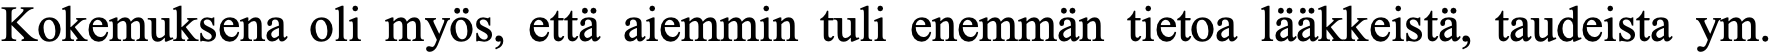
Kokemuksena oli myös, että aiemmin tuli enemmän tietoa lääkkeistä, taudeista ym.